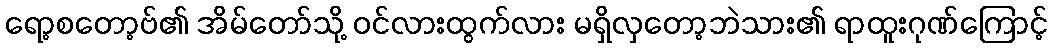
ရော့စတော့ဗ်၏ အိမ်တော်သို့ ဝင်လားထွက်လား မရှိလှတော့ဘဲသား၏ ရာထူးဂုဏ်ကြောင့်